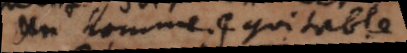
Un homme equitable